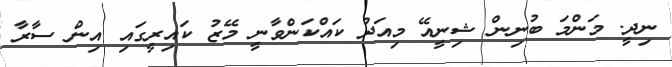
ނިދީ. މަންމަ ބުނިން ޝިނީއޭ މިއަދު ކައްކަންވާނީ މޭޒު ކައިރީގައި އިން ސާރާ